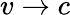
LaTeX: v\rightarrow c